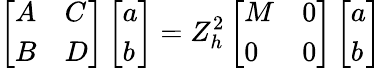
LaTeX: \left[\begin{array}{ll}{A}&{C}\\ {B}&{D}\end{array}\right]\left[\begin{array}{l}{a}\\ {b}\end{array}\right]=Z_{h}^{2}\left[\begin{array}{ll}{M}&{0}\\ {0}&{0}\end{array}\right]\left[\begin{array}{l}{a}\\ {b}\end{array}\right]